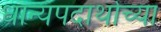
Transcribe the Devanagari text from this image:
धान्यपदार्थाच्या